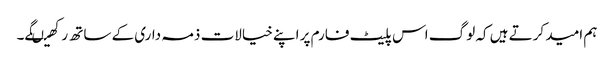
ہم امید کرتے ہیں کہ لوگ اس پلیٹ فارم پر اپنے خیالات ذمہ داری کے ساتھ رکھیںگے۔